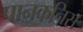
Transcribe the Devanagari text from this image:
पानकनिस